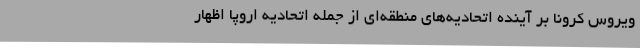
ویروس کرونا بر آینده اتحادیه‌های منطقه‌ای از جمله اتحادیه اروپا اظهار